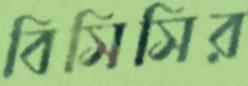
বিসিসির